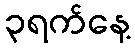
၃ရက်နေ့